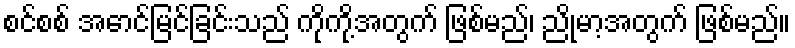
စင်စစ် အောင်မြင်ခြင်းသည် ကိုကို့အတွက် ဖြစ်မည်၊ ညိုမာ့အတွက် ဖြစ်မည်။